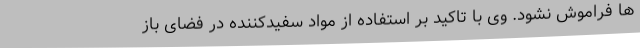
ها فراموش نشود. وی با تاکید بر استفاده از مواد سفیدکننده در فضای باز